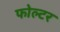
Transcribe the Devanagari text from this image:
फोल्टर